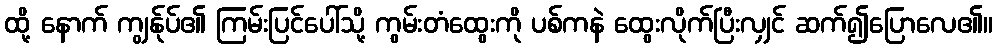
ထို့ နောက် ကျွန်ုပ်၏ ကြမ်းပြင်ပေါ်သို့ ကွမ်းတံထွေးကို ပစ်ကနဲ ထွေးလိုက်ပြီးလျှင် ဆက်၍ပြောလေ၏။